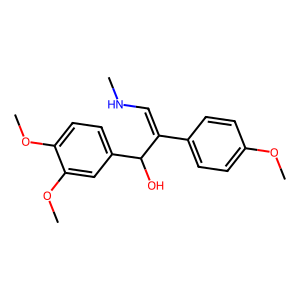
SMILES: CNC=C(c1ccc(OC)cc1)C(O)c1ccc(OC)c(OC)c1
Inhibits HIV replication: No